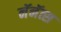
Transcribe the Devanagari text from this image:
नॅनॅत्स